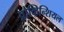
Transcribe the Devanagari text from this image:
प्रोव्हिन्शियल